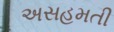
અસહમતી